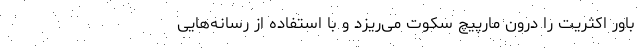
باور اکثریت را درون مارپیچ سکوت می‌ریزد و با استفاده از رسانه‌هایی